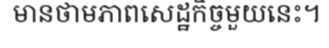
មានថាមភាពសេដ្ឋកិច្ចមួយនេះ។